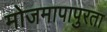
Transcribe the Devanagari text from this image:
मोजमापापुरता